Scottish Leaving Certificate Examination, 1955
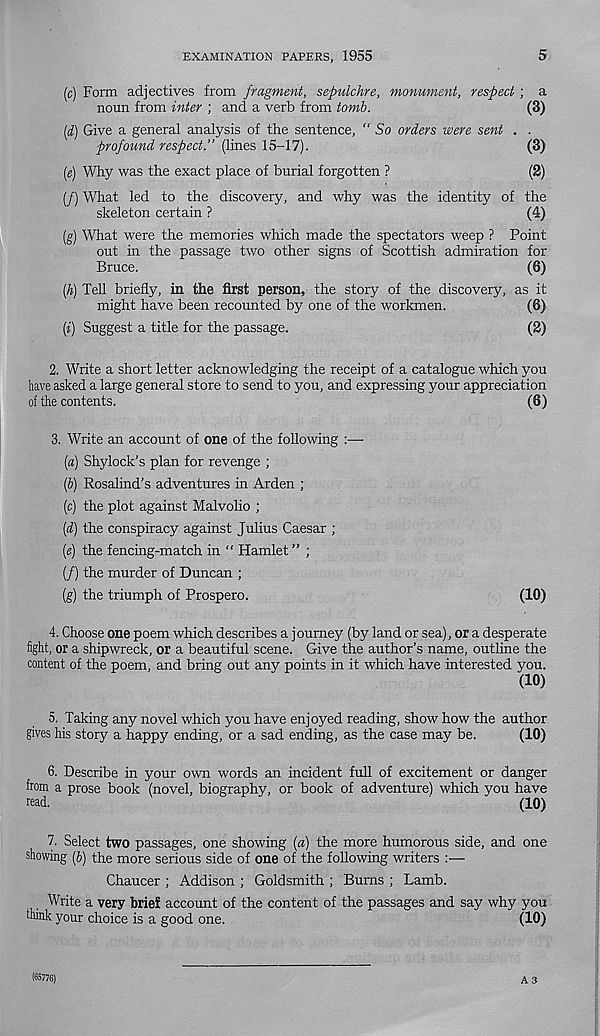
EXAMINATION PAPERS, 1955
5
(c) Form adjectives from fragment, sepulchre, monument, respect ; a
noun from inter ; and a verb from tomb.
(3)
(d) Give a general analysis of the sentence, " So orders were sent . .
profound respect.” (lines 15-17).
(3)
(g) Why was the exact place of burial forgotten ?
(2)
(/) What led to the discovery, and why was the identity of the
skeleton certain ?
(4)
(g) What were the memories which made the spectators weep ? Point
out in the passage two other signs of Scottish admiration for
Bruce.
(6)
(A) Tell briefly, in the first person, the story of the discovery, as it
might have been recounted by one of the workmen.
(6)
(i) Suggest a title for the passage.
(2)
2. Write a short letter acknowledging the receipt of a catalogue which you
have asked a large general store to send to you, and expressing your appreciation
of the contents.
(6)
3. Write an account of one of the following :—
[a) Shylock’s plan for revenge ;
Ip) Rosalind's adventures in Arden ;
(c) the plot against Malvolio ;
(d) the conspiracy against Julius Caesar ;
(e) the fencing-match in “ Hamlet ” ;
(/) the murder of Duncan ;
(g) the triumph of Prospero.
(10)
4. Choose one poem which describes a journey (by land or sea), or a desperate
fight, or a shipwreck, or a beautiful scene. Give the author’s name, outline the
content of the poem, and bring out any points in it which have interested you.
(10)
5. Taking any novel which you have enjoyed reading, show how the author
gives his story a happy ending, or a sad ending, as the case may be.
(10)
6. Describe in your own words an incident full of excitement or danger
from a prose book (novel, biography, or book of adventure) which you have
read.
(10)
7. Select two passages, one showing (a) the more humorous side, and one
showing [b) the more serious side of one of the following writers :—
Chaucer ; Addison ; Goldsmith ; Burns ; Lamb.
Write a very brief account of the content of the passages and say why you
think your choice is a good one.
(10)
(65776)
A3